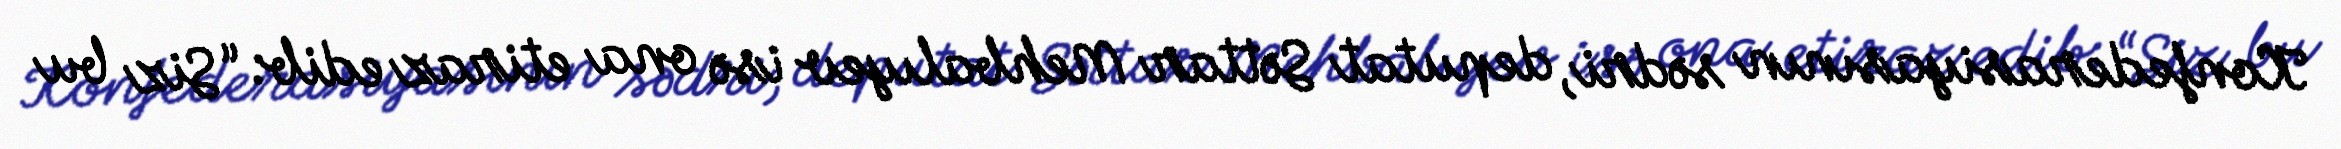
Konfederasiyasının sədri, deputat Səttar Mehbalıyev isə ona etiraz edib: “Siz bu